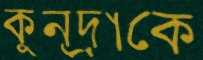
কুন্দ্রাকে